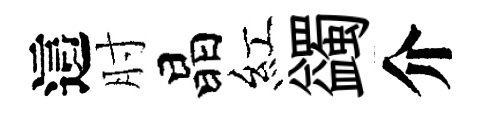
這肘晶紅蠲介